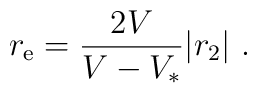
r_{\rm e}={2V\over{V} - V_* } |r_2|\ .